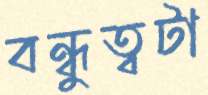
বন্ধুত্বটা